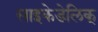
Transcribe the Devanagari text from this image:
साइकेडेलिक्